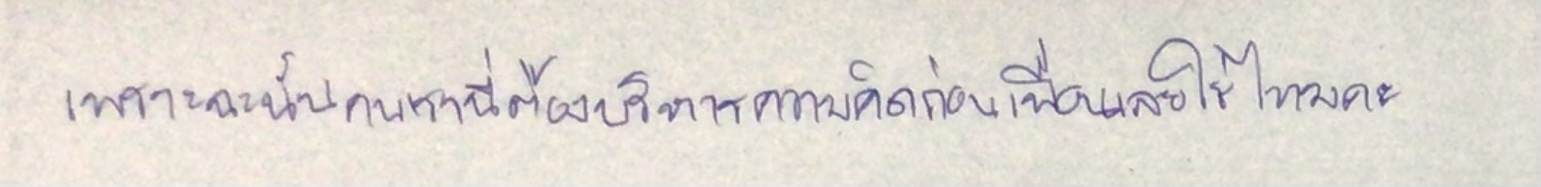
"เพราะฉะนั้นคนเรานี่ต้องบริหารความคิดก่อนเพื่อนเลยใช่ไหมคะ